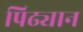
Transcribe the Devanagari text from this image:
पिढ्यान